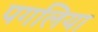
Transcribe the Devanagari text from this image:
पगलिया